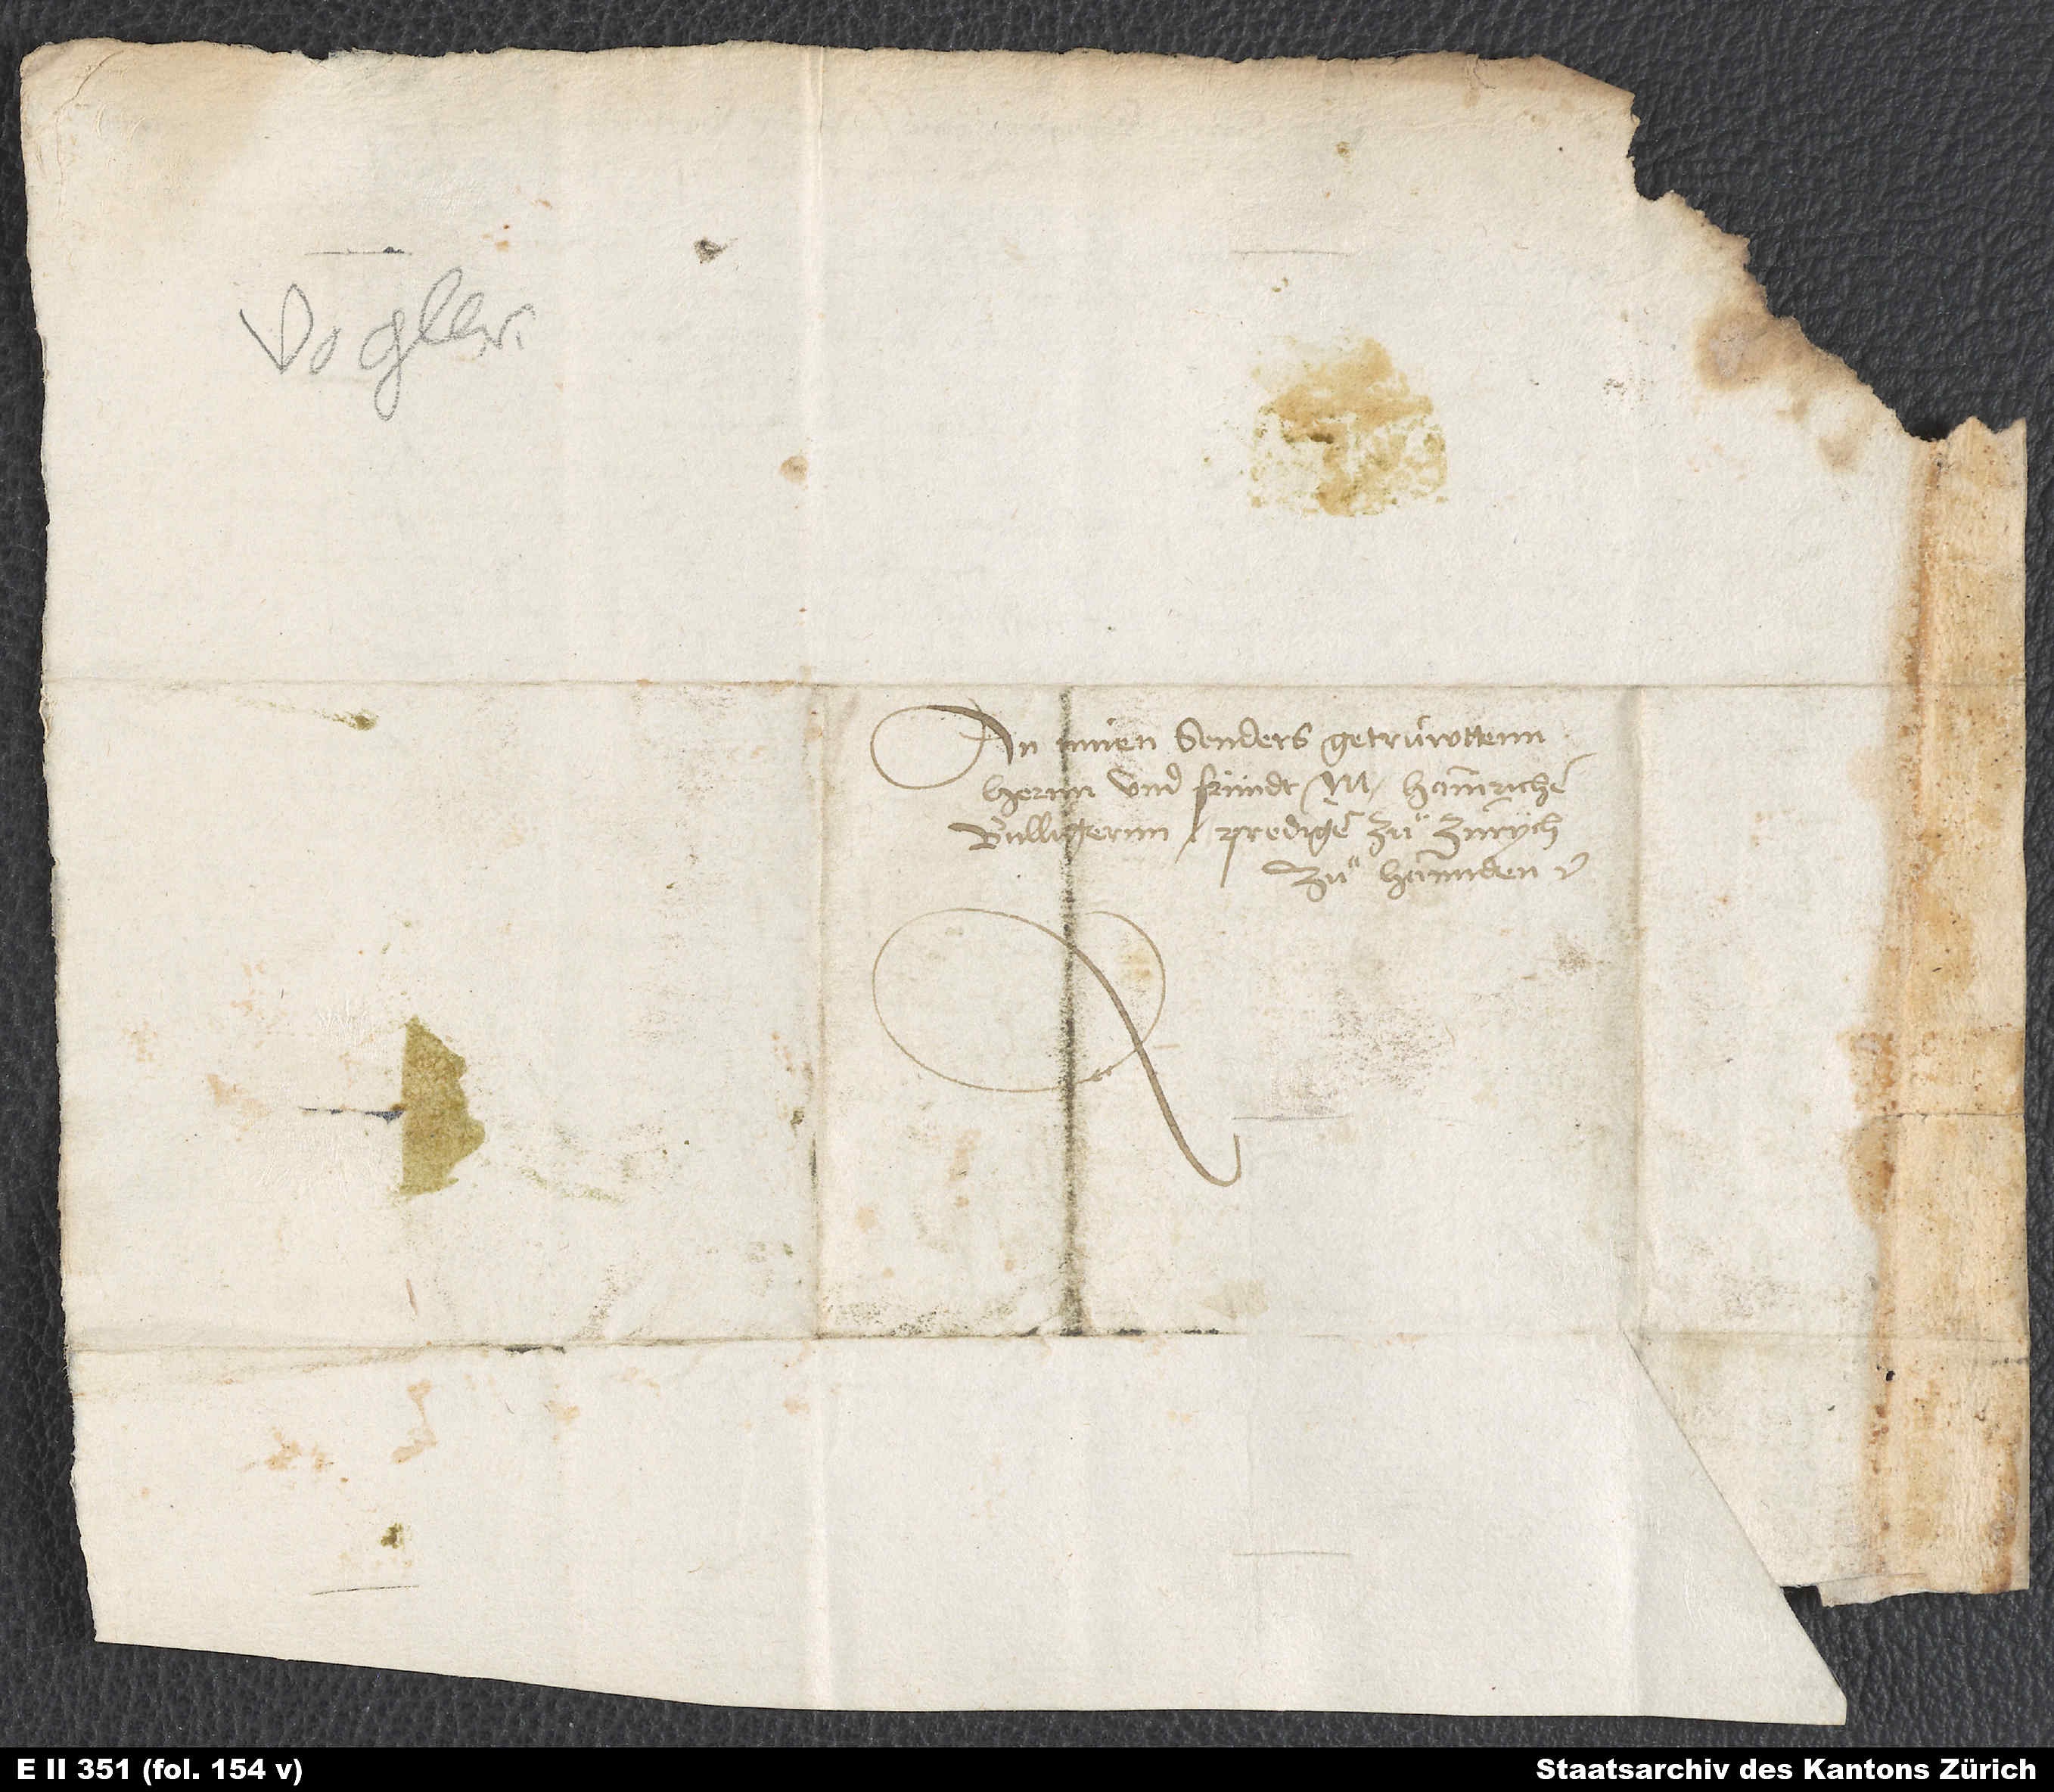
An minen sonders getruwttenn
hernn und fründt M. Hainrichen
Bulligernn, prediger zuͦ Zurych,
zuͦ hannden.